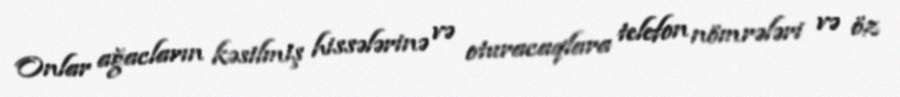
Onlar ağacların kəsilmiş hissələrinə və oturacaqlara telefon nömrələri və öz